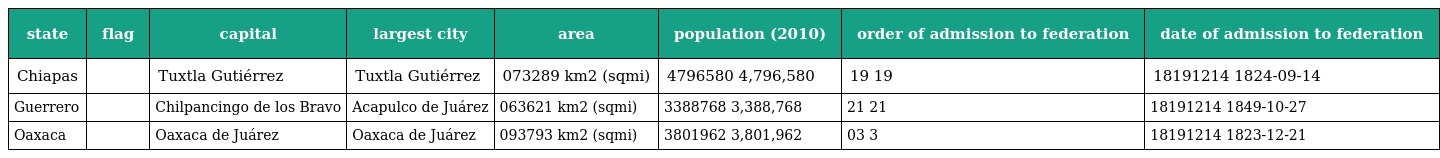
| state | flag | capital | largest city | area | population (2010) | order of admission to federation | date of admission to federation |
 | --- | --- | --- | --- | --- | --- | --- | --- |
 | Chiapas |  | Tuxtla Gutiérrez | Tuxtla Gutiérrez | 073289 km2 (sqmi) | 4796580 4,796,580 | 19 19 | 18191214 1824-09-14 |
 | Guerrero |  | Chilpancingo de los Bravo | Acapulco de Juárez | 063621 km2 (sqmi) | 3388768 3,388,768 | 21 21 | 18191214 1849-10-27 |
 | Oaxaca |  | Oaxaca de Juárez | Oaxaca de Juárez | 093793 km2 (sqmi) | 3801962 3,801,962 | 03 3 | 18191214 1823-12-21 |